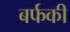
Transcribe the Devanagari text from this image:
बर्फकी